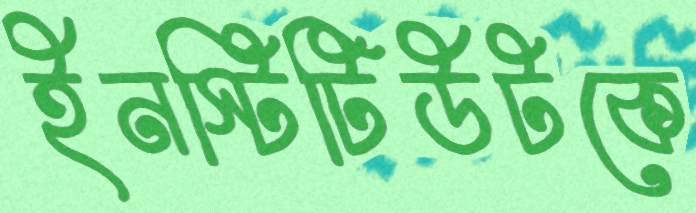
ইনস্টিটিউটকে